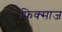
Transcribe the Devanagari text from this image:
फिक्साज